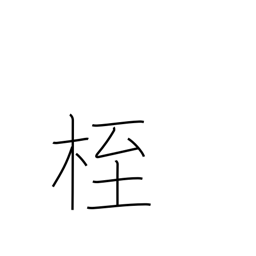
Meaning: fetters